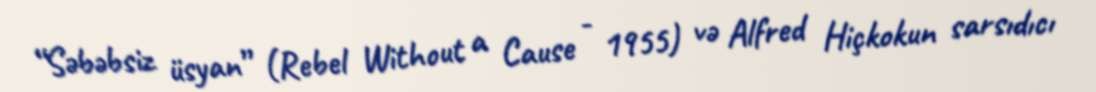
“Səbəbsiz üsyan” (Rebel Without a Cause - 1955) və Alfred Hiçkokun sarsıdıcı